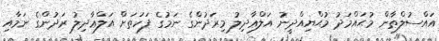
އައްސުލްޠާން މުޙައްމަދު މުޙްޔިއްދީނު އަލްޢާދިލު މިރަދުންގެ ނަމުގެ ފަހަތަށް އަލްޢާދިލު ރަދުންގެ ނަމާއި